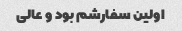
اولین سفارشم بود و عالی